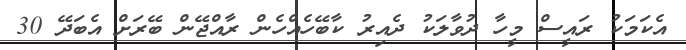
އެކަމަކު ރައީސް މީހާ ދުވާލަކު ދެއިރު ކާބޭހެއްހެން ރާއްޖޭން ބޭރަށް އެބަދޭ 30